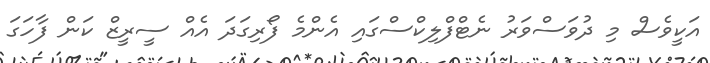
އަކީވެސް މި ދުވަސްވަރު ނެޓްފްލިކްސްގައި އެންމެ ފޯރިގަދަ އެއް ސީރީޒް ކަން ފާހަގަ